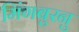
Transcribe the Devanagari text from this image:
मिंगबुरनु